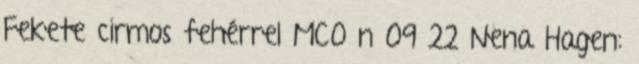
Fekete cirmos fehérrel MCO n 09 22 Nena Hagen: